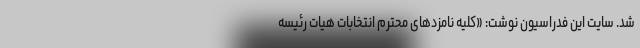
شد. سایت این فدراسیون نوشت: «کلیه نامزدهای محترم انتخابات هیات رئیسه